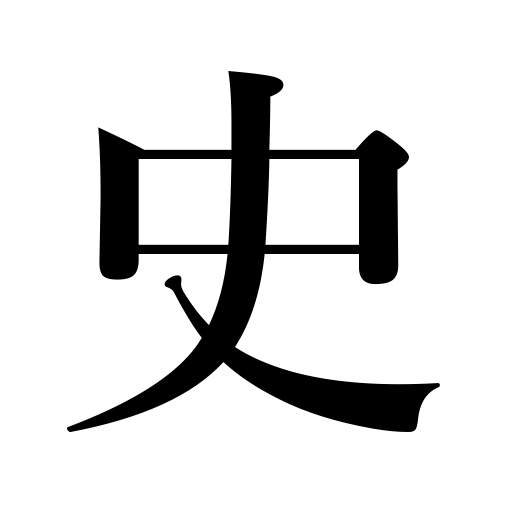
Meanings: book,chronicles,history,historian